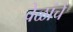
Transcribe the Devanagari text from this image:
वेळांचे